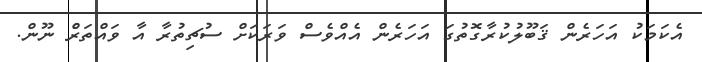
އެކަމަކު އަހަރެން ޤަބޫލުކުރާގޮތުގަ އަހަރެން އެއްވެސް ވަރަކަށް ސުޗިތުރާ އާ ވައްތަރެް ނޫން.